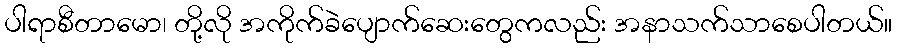
ပါရာစီတာမော၊ တို့လို အကိုက်ခဲပျောက်ဆေးတွေကလည်း အနာသက်သာစေပါတယ်။